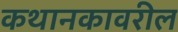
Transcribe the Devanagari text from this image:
कथानकावरील